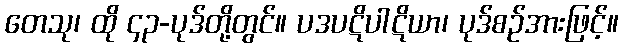
တေသု၊ ထို ၄၃-ပုဒ်တို့တွင်။ ပဒပဋိပါဋိယာ၊ ပုဒ်စဉ်အားဖြင့်။